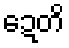
ဍေတိ